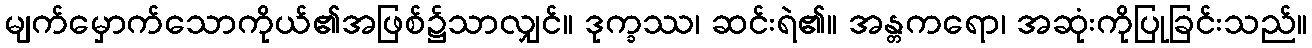
မျက်မှောက်သောကိုယ်၏အဖြစ်၌သာလျှင်။ ဒုက္ခဿ၊ ဆင်းရဲ၏။ အန္တကရော၊ အဆုံးကိုပြုခြင်းသည်။